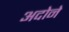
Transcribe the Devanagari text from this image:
अदोने